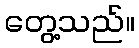
တွေ့သည်။